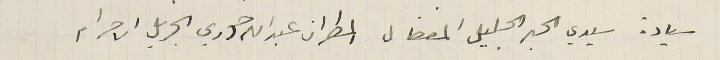
سيادة سيدي الحبر الجليل المفضال المطران عبدالله خوري الجزيل الاحترام